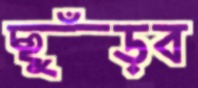
ছুঁড়ব